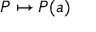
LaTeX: P \mapsto P ( a )